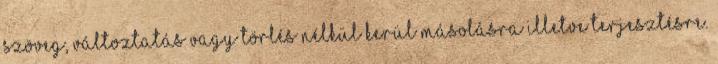
szöveg, változtatás vagy törlés nélkül kerül másolásra illetve terjesztésre.